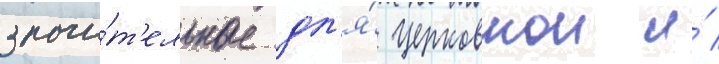
значи́т'ельные дл'я́ церковнои и́